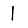
Digit: 1